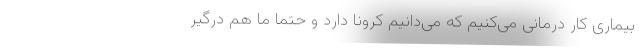
بیماری کار درمانی می‌کنیم که می‌دانیم کرونا دارد و حتما ما هم درگیر